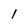
Character: 1